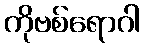
ကိုဗစ်ရောဂါ